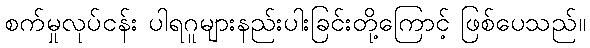
စက်မှုလုပ်ငန်း ပါရဂူများနည်းပါးခြင်းတို့ကြောင့် ဖြစ်ပေသည်။